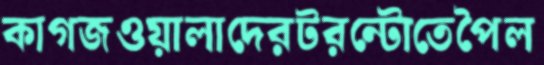
কাগজওয়ালাদেরটরন্টোতেপৈল